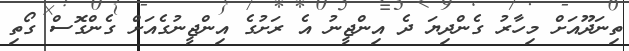
ތިނަދޫއަށް މިހާރު ގެންދިޔަ ދެ އިންޖީނު އެ ރަށުގެ އިންޖީނުގެއަށް ގެންގޮސް ގޯތި